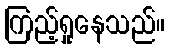
ကြည့်ရှုနေသည်။